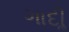
ગાદીૢ